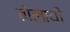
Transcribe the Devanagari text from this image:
तोलायी